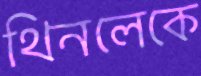
থিনলেকে